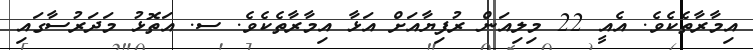
އިމާރާތެކެވެ. އެއީ 22 މިލިއަން ރުފިޔާއަށް އަޅާ އިމާރާތެކެވެ. ސ. އަތޮޅު މަދަރުސާގައި